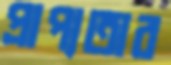
প্রাপ্যতার